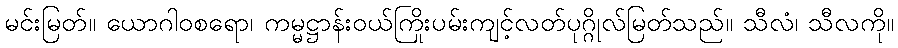
မင်းမြတ်။ ယောဂါဝစရော၊ ကမ္မဋ္ဌာန်းဝယ်ကြိုးပမ်းကျင့်လတ်ပုဂ္ဂိုလ်မြတ်သည်။ သီလံ၊ သီလကို။